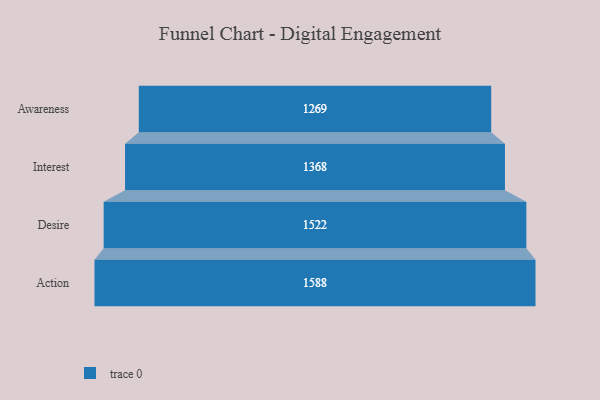
{"axis": {"x": "Stage", "y": "Value"}, "legend": [""], "data": [{"x": "Awareness", "y": 1269.0, "type": ""}, {"x": "Interest", "y": 1368.0, "type": ""}, {"x": "Desire", "y": 1522.0, "type": ""}, {"x": "Action", "y": 1588.0, "type": ""}]}